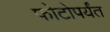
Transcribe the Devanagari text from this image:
फोटोपर्यंत